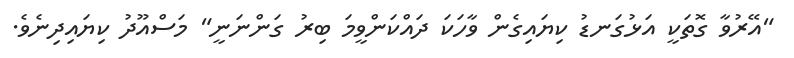
"އޭރުވާ ގޮތަކީ އަޅުގަނޑު ކިޔައިގެން ވާހަކަ ދައްކަންވީމަ ބިރު ގަންނަނީ" މަސްއޫދު ކިޔައިދިނެވެ.